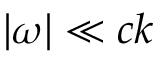
| \omega | \ll c k